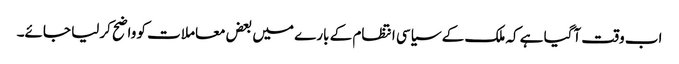
اب وقت آگیا ہے کہ ملک کے سیاسی انتظام کے بارے میں بعض معاملات کو واضح کرلیا جائے۔